EAOK_Sinod, lk 125
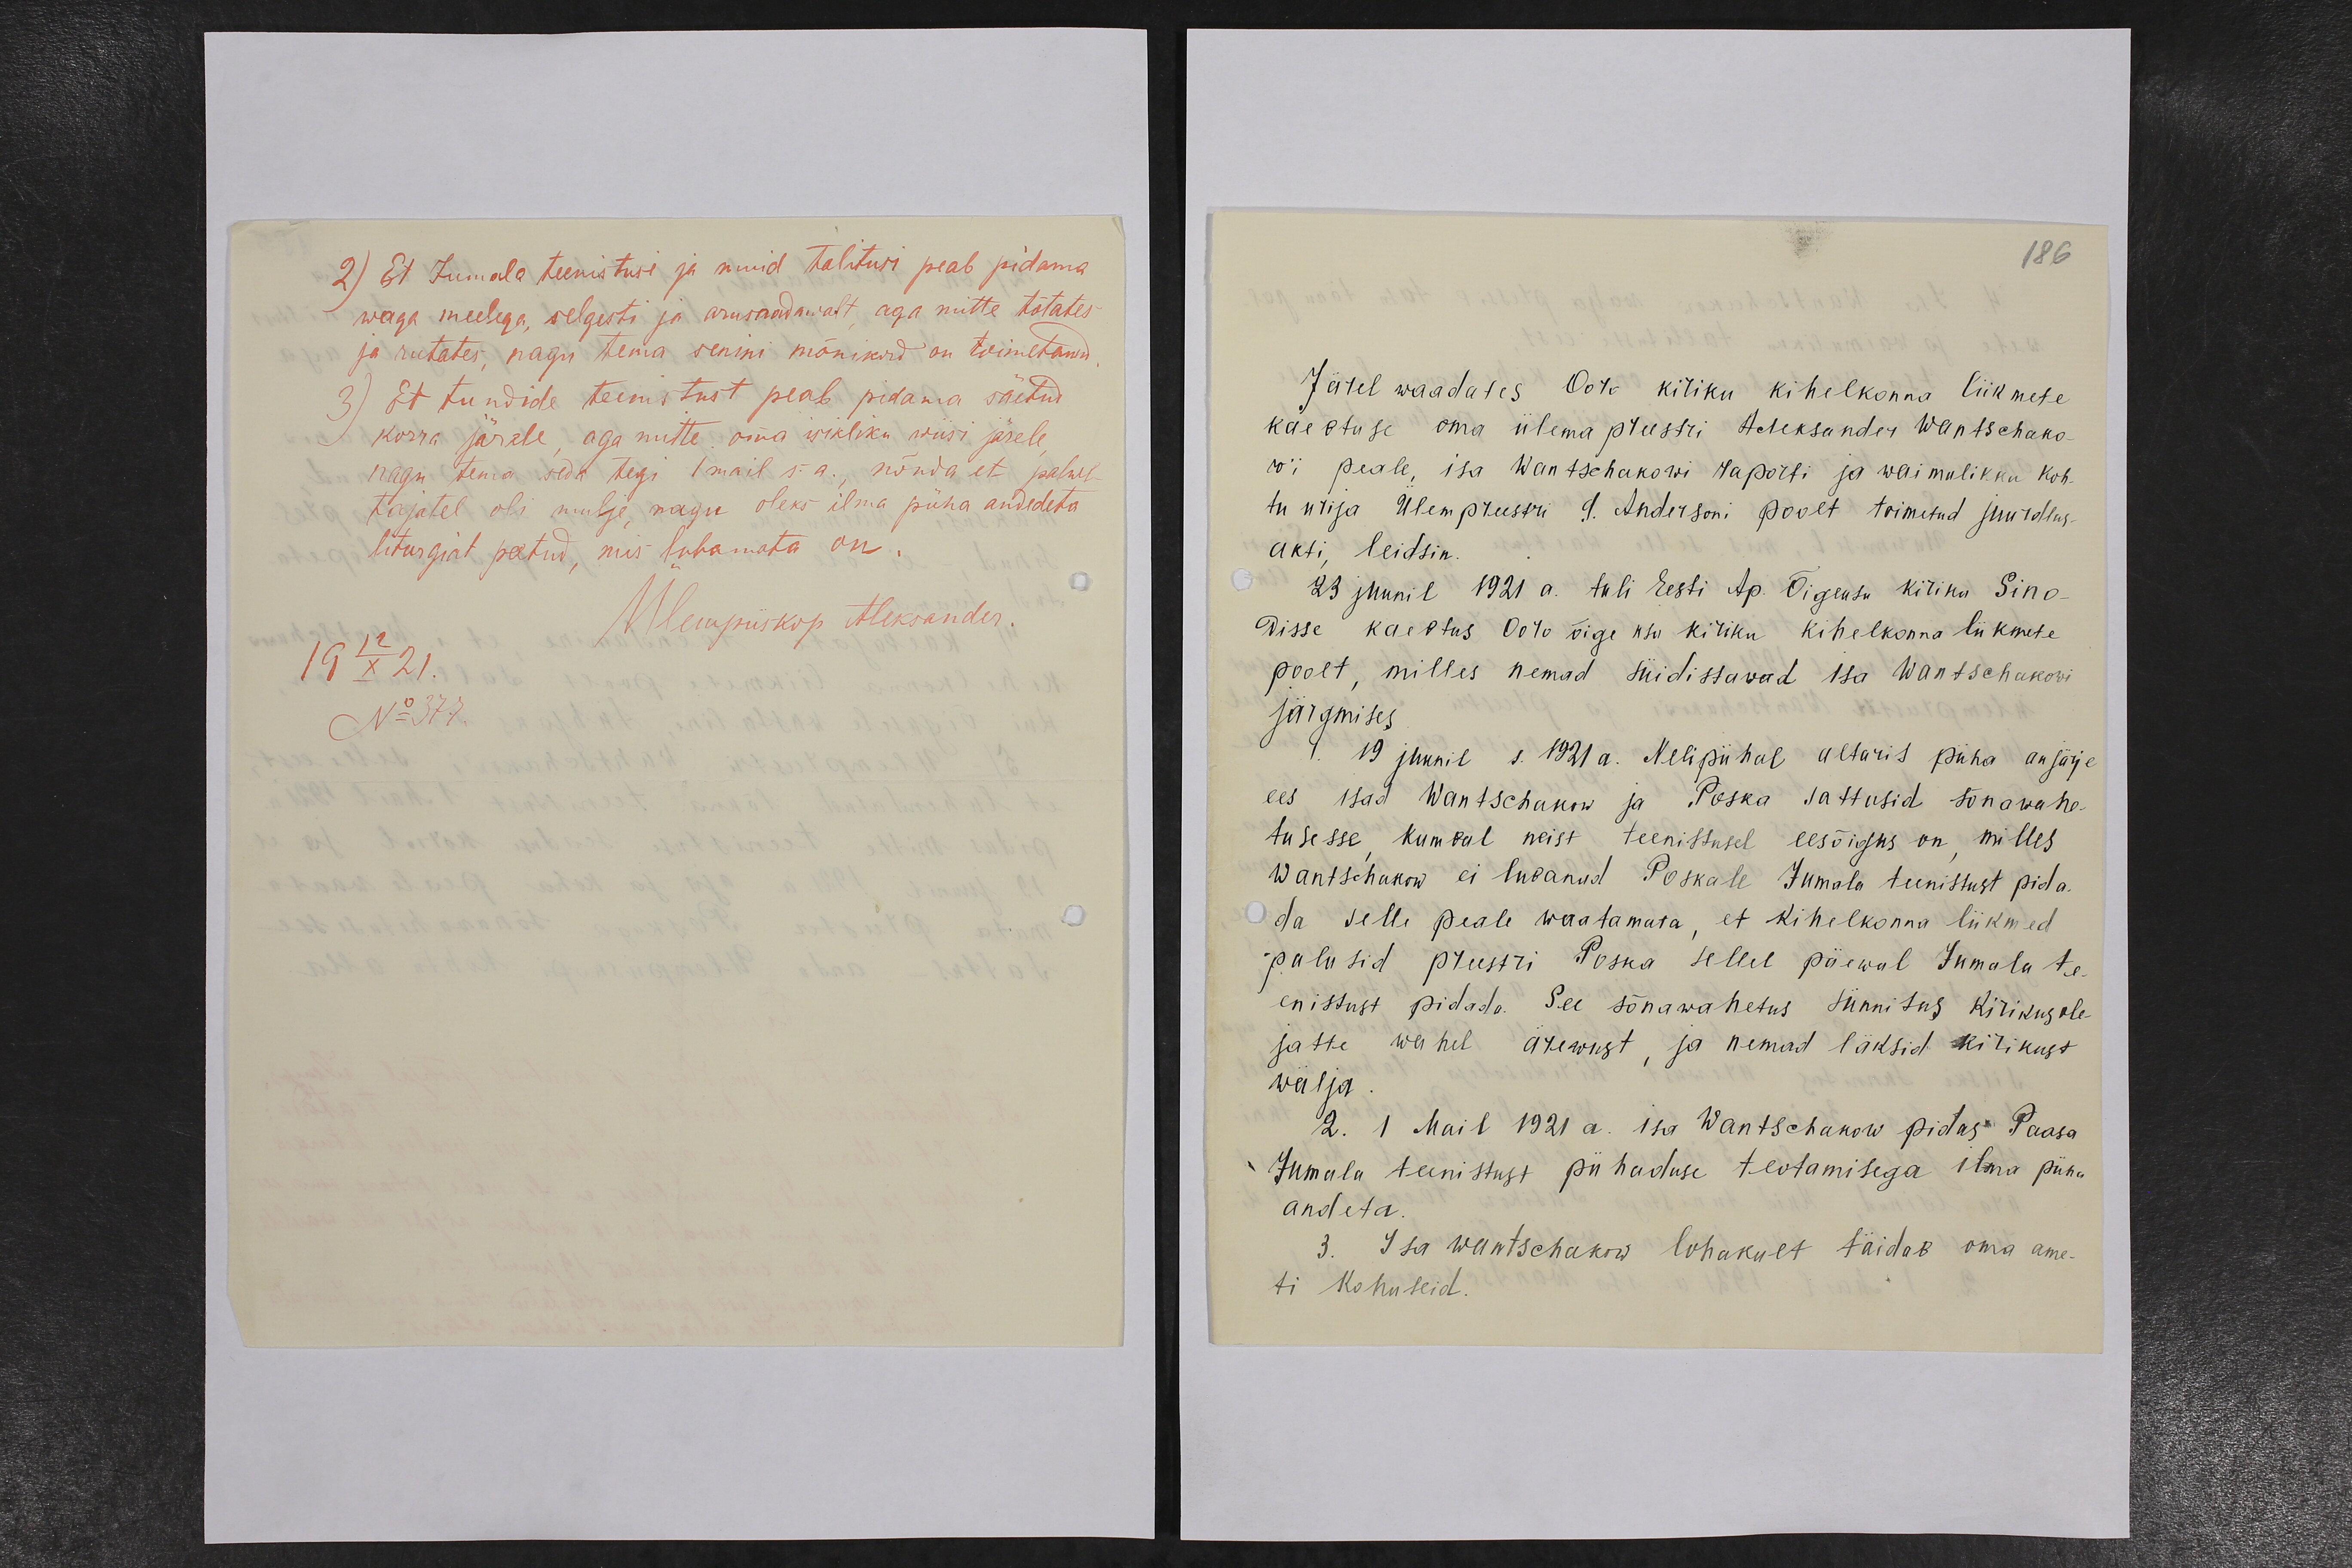
2) Et Jumala teenistusi ja muid talitusi peab pidama
waga meelega, selgesti ja arusaadawalt, aga mitte tõtates
ja rutates, nagu tema senini mõnikord on toimetanud.
3) Et tundide teenistust peab pidama säetud
korra järele, aga mitte oma isikliku wiisi järele,
nagu tema seda tegi 1 mail s.a., nõnda et palwe-
tajatel oli mulje, nagu oleks ilma püha andedeta
liturgiat peetud, mis lubamata on.
Ülempiiskop Aleksander
19 12/X 21.
No 377.

186
Järel waadates Ooro kiriku kihelkonna liikmete
kaebtuse oma ülema preestri Aleksander Wantschako-
wi peale, isa Wantschakowi raporti ja waimulikku koh-
tu kirja Ülempreestri G. Andersoni poolt toimetud juurdlus-
akti, leidsin.
23 juunil 1921 a. tuli Eesti Ap. Õigeusu kiriku Sino-
disse kaebtus Ooro õige usu kiriku kihelkonna liikmete
poolt, milles nemad süidistawad isa Wantschakowi
järgmises
1. 19 juunil s. 1921 a. Nelipühal altaris püha aujärje
ees isad Wantschakow ja Poska sattusid sõnawahe-
tusesse, kumbal neist teenistusel eesõigus on, milles
Wantschakow ei lubanud Poskale Jumala teenistust pida-
da selle peale waatamata, et kihelkonna liikmed
palusid preestri Poska sellel päewal Jumala te-
enistust pidada. See sõnawahetus sünnitas kirikus ole-
jatte wahel ärewust, ja nemad läksid kirikust
wälja.
2. 1 Mail 1921 a. isa Wantschakow pidas Paasa
Jumala teenistust pühaduse teotamisega ilma püha
andeta.
3. Isa Wantschakow lohakult täidab oma ame-
ti kohuseid.